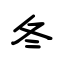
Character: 冬